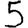
Digit: 5